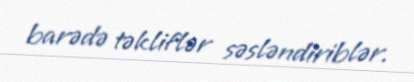
barədə təkliflər səsləndiriblər.